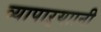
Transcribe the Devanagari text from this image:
व्यापाऱ्याानी